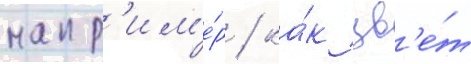
напр'им'е́р / ка́к цв'е́т